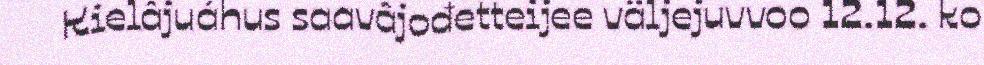
Kielâjuáhus saavâjođetteijee väljejuvvoo 12.12. ko